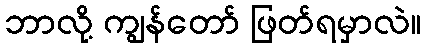
ဘာလို့ ကျွန်တော် ဖြတ်ရမှာလဲ။